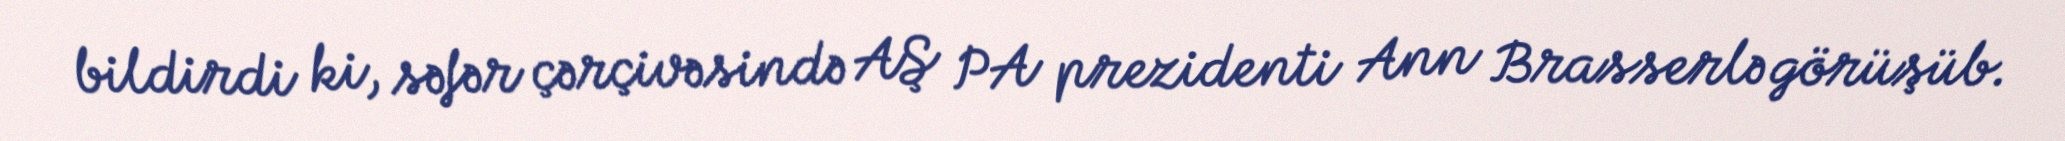
bildirdi ki, səfər çərçivəsində AŞ PA prezidenti Ann Brasserlə görüşüb.